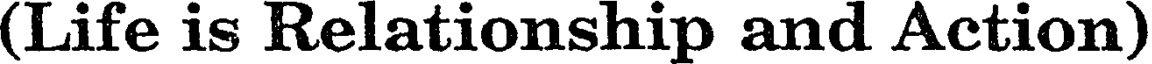
(Life is Relationship and Action)